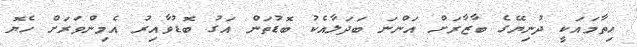
ހިތާމައަކީ ދުނިޔޭގެ ބާޒާރަށް އަންނަ ބަދަލާއެކު ބޮޑުތަން އަގު ބޮޑުވާއިރު އެމިންވަރަށް ހެޔޮ